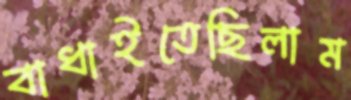
বাধাইতেছিলাম